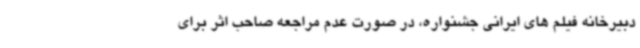
دبیرخانه فیلم های ایرانی جشنواره، در صورت عدم مراجعه صاحب اثر برای